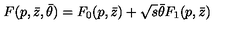
F ( p , \bar { z } , \bar { \theta } ) = F _ { 0 } ( p , \bar { z } ) + \sqrt { s } \bar { \theta } F _ { 1 } ( p , \bar { z } )